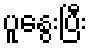
ပူနွေးပြီး